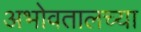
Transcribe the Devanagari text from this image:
अभोवतालच्या